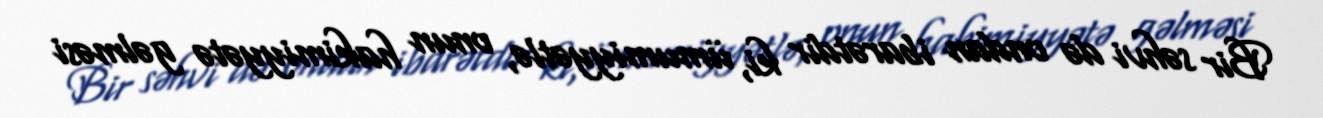
Bir səhvi də ondan ibarətdir ki, ümumiyyətlə, onun hakimiyyətə gəlməsi